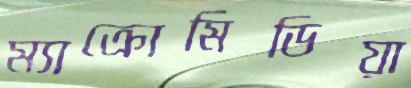
ম্যাক্রোমিডিয়া